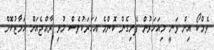
ވެމްކޯ އިން ވަނީ މިއަހަރުން ފެށިގެން ކޮންމެ އަހަރަކުވެސް މުޅި ރާއްޖެއަށް އަމާޒުކޮށް